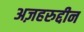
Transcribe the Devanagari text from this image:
अज़हरुद्दीन